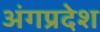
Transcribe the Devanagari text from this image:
अंगप्रदेश